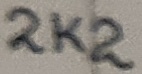
Text: 2K2